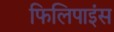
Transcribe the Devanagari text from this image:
फिलिपाइंस